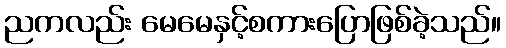
ညကလည်း မေမေနှင့်စကားပြောဖြစ်ခဲ့သည်။